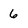
Character: 6